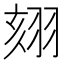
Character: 𦐤